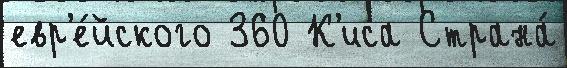
евр'е́йского 360 К'иса Страна́